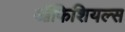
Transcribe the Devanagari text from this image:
ऑफिशियल्स